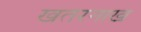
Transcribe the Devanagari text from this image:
खतरनाख